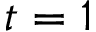
t = 1